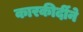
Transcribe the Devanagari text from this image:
कारकीर्दीने